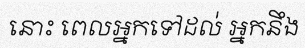
នោះ ពេលអ្នកទៅដល់ អ្នកនឹង